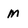
Character: M